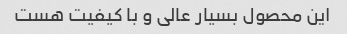
این محصول بسیار عالی و با کیفیت هست